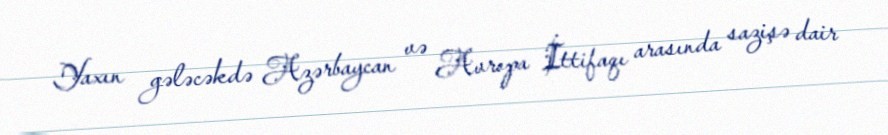
Yaxın gələcəkdə Azərbaycan və Avropa İttifaqı arasında sazişə dair